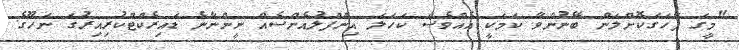
"މީގަ ފާހަގަކޮށްލަން ބޭނުންވާ ކަމަކީ އެއްވެސް ކަހަލަ އިންފްލުއެންސެއް ނީންނާނެ ޑައިރެކްޓްކުރިއިރުގަ ނަހޫގެ.